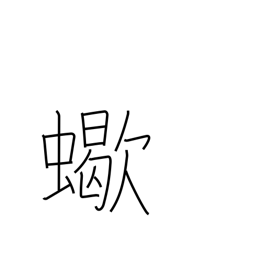
Meaning: scorpion